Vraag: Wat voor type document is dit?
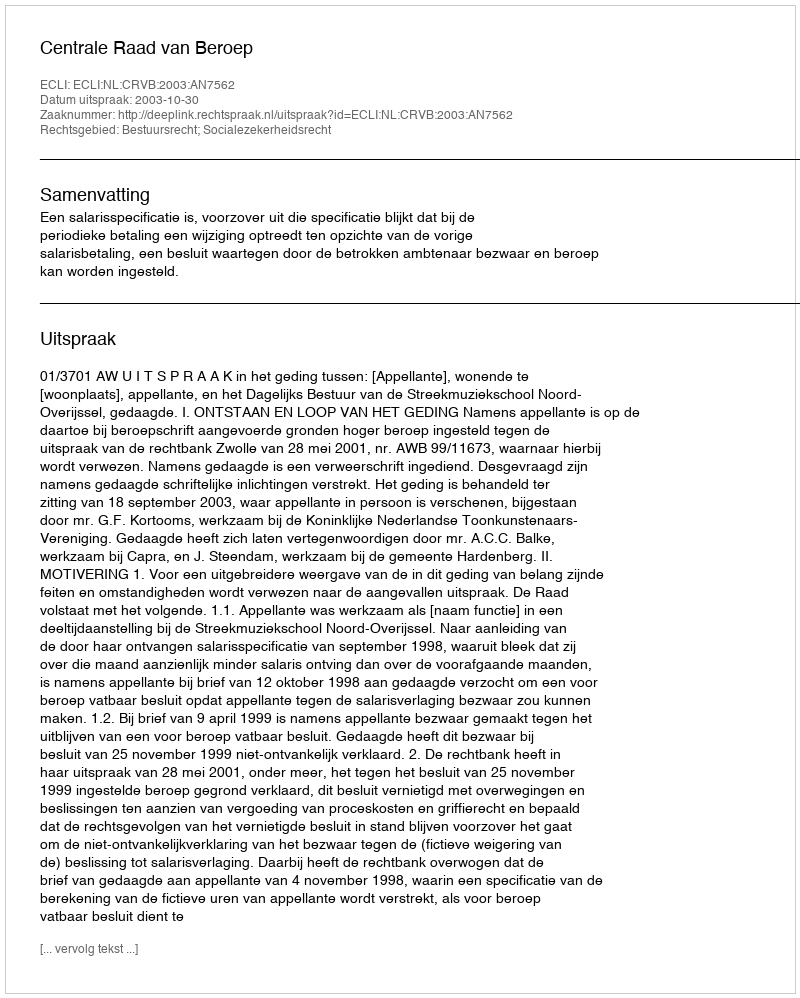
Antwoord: Uitspraak